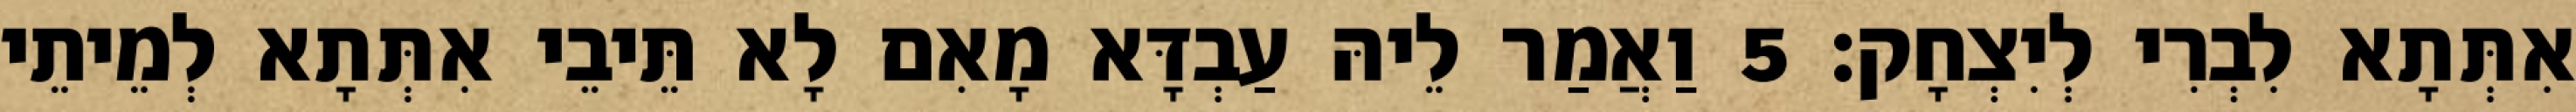
אִתְּתָא לִבְרִי לְיִצְחָק׃ 5 וַאֲמַר לֵיהּ עַבְדָּא מָאִם לָא תֵּיבֵי אִתְּתָא לְמֵיתֵי